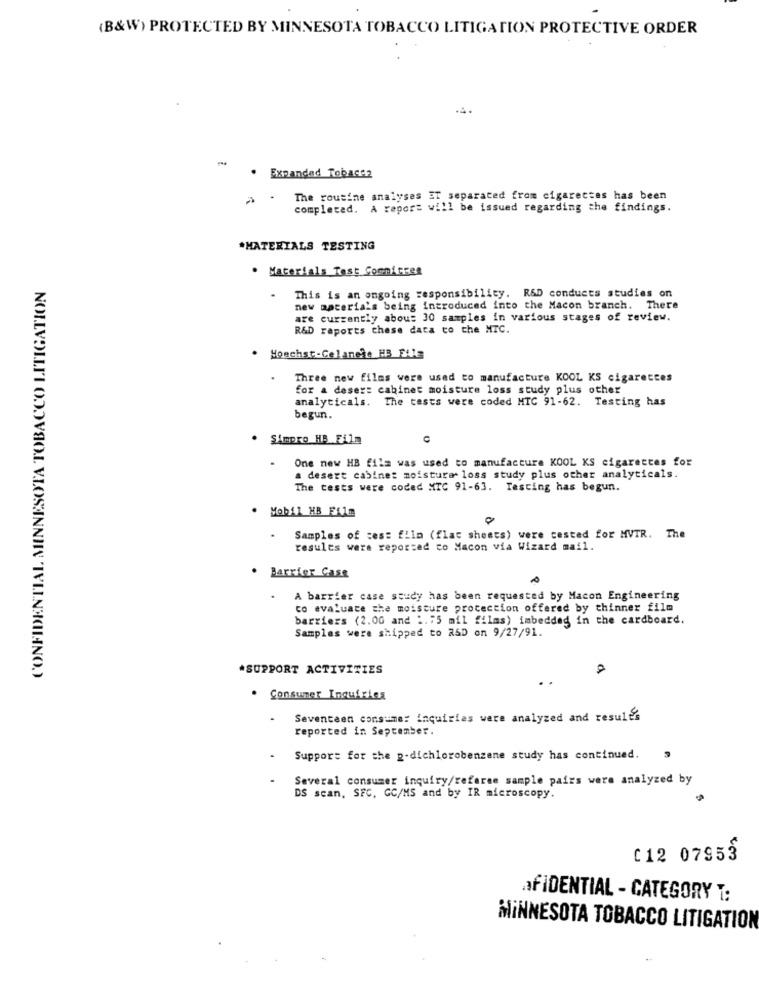
(B&W) PROTECTED BY MINNESOTA TOBACCO LITIGATION PROTECTIVE ORDER
-
. Expanded Tobacca
The routine analyses ET separated from cigarettes has been
completed. A report will be issued regarding the findings.
*MATERIALS TESTING
. Materials Tast Comnicres
CONFIDENTIAL MINNESOTA TOBACCO LITIGATION
This is an ongoing responsibility. R&D conducts studies on
.
new materials being introduced into the Macon branch. There
are currently abou: 30 samples in various stages of review.
R&D reports chese data to the MTC.
. Hoechst-Celanele HB File
Three new films were used to manufacture KOOL KS cigarettes
for a deser: cabinet moisture loss study plus other
analyticals. The tests were coded HTC 91-62. Testing has
begun.
Simpro HB Film
One new HB film was used to manufacture KOOL KS cigarettes for
a desert cabine: moisture loss study plus other analyticals.
The tests were coded MTC 91-63. Tasting has begun.
Mobil HB Film
Samples of tes: film (flac sheets) were tested for MVTR. The
results were reported to Macon via Wizard mail.
. Barrier Case
A barrier case study has been requested by Macon Engineering
co evaluate the moisture protection offered by thinner film
barriers (2.00 and 1.75 mil films) imbedded in the cardboard.
Samples were shipped to RSD on 9/27/91.
*SUPPORT ACTIVITIES
Consumer Inquiries
Seventeen consume: inquiries were analyzed and results
reported in September.
Support for the p-dichlorobenzene study has continued.
Several consumer inquiry/referee sample pairs were analyzed by
DS scan, SFC, GC/MS and by IR microscopy.
C12 07953
AFIDENTIAL - CATEGORY T:
MINNESOTA TOBACCO LITIGATION